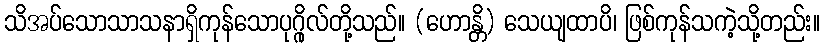
သိအပ်သောသာသနာရှိကုန်သောပုဂ္ဂိုလ်တို့သည်။ (ဟောန္တိ) သေယျထာပိ၊ ဖြစ်ကုန်သကဲ့သို့တည်း။